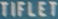
TIFLET